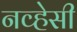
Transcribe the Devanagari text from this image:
नव्हेसी